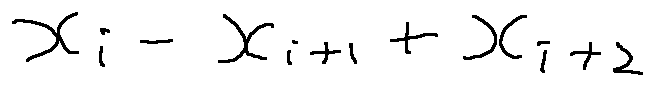
x _ { i } - x _ { i + 1 } + x _ { i + 2 }